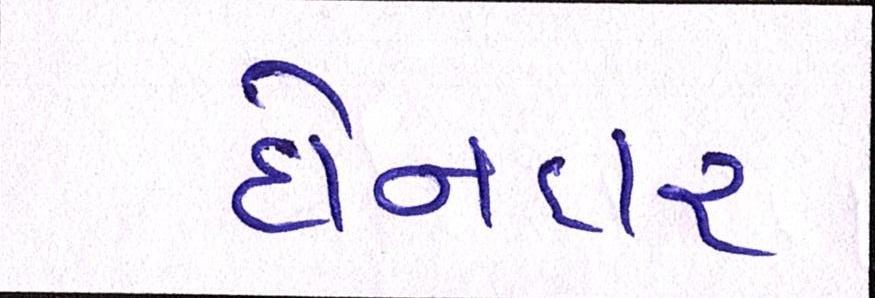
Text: દોનદાર